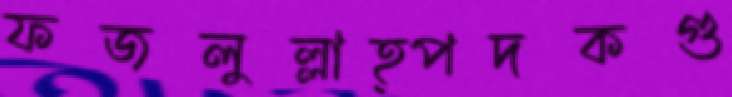
ফজলুল্লাহ্পদকগু